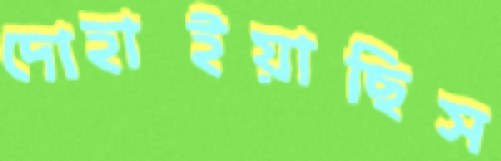
দোহাইয়াছিস